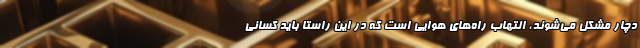
دچار مشکل می‌شوند، التهاب راه‌های هوایی است که در این راستا باید کسانی